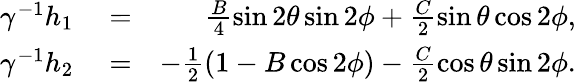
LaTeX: \begin{array}{rlr}{\gamma^{-1}h_{1}}&{{}=}&{\frac{B}{4}\sin 2\theta\sin 2\phi+\frac{C}{2}\sin\theta\cos 2\phi,}\\ {\gamma^{-1}h_{2}}&{{}=}&{-\frac{1}{2}(1-B\cos 2\phi)-\frac{C}{2}\cos\theta\sin 2\phi.}\end{array}